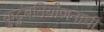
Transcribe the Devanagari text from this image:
कुटुंबनियोजनाची